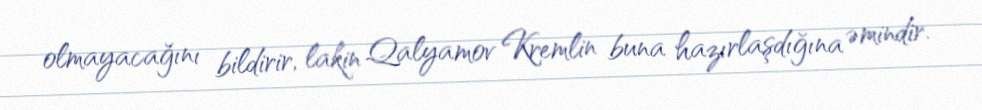
olmayacağını bildirir, lakin Qalyamov Kremlin buna hazırlaşdığına əmindir.